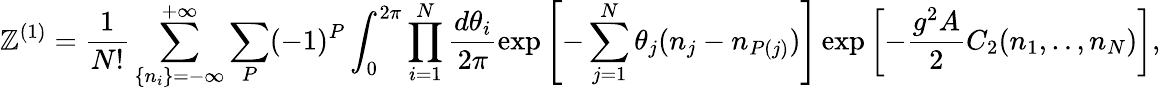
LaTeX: {\cal\mathbb{Z}}^{(1)}=\frac{{1}}{{N!}}\sum_{\{ n_{i}\} =-\infty}^{+\infty}\sum_{P}(-1)^{P}\int_{0}^{2\pi}\prod_{i=1}^{N}\frac{{d\theta_{i}}}{{2\pi}}\exp\left[-\sum_{j=1}^{N}\theta_{j}(n_{j}-n_{P(j)})\right]\exp\left[-{\frac{{g^{2}A}}{{2}}}C_{2}(n_{1},..,n_{N})\right],